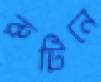
রুটিনে